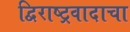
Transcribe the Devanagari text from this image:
द्विराष्ट्रवादाचा